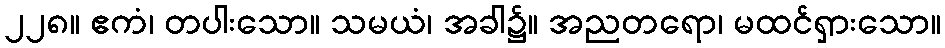
၂၂၈။ ဧကံ၊ တပါးသော။ သမယံ၊ အခါ၌။ အညတရော၊ မထင်ရှားသော။